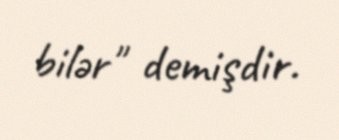
bilər" demişdir.